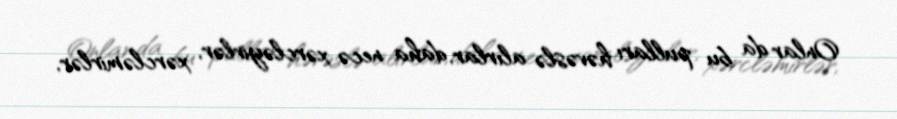
Onlar da bu pulları həvəslə alırlar, daha necə xərcləyirlər, xərcləmirlər,